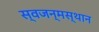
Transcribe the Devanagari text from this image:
स्वजन्मस्थान